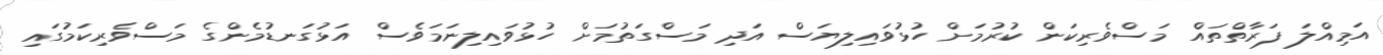
އަމިއްލަ ފަރާތްތައް މަސްވެރިކަން ކުރުމަށް ހުޅުވައިލިޔަސް އަދި މަސްގަތުމަށް ހުޅުވައިލިނަމަވެސް އަޅުގަނޑުމެންގެ މަސްވެރިކަމުގައި